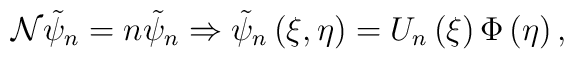
{\cal N}\tilde{\psi}_{n}=n\tilde{\psi}_{n}\Rightarrow \tilde{\psi}_{n}\left(\xi ,\eta \right) =U_{n}\left( \xi \right) \Phi \left( \eta \right) ,